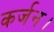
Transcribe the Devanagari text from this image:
कर्जन।